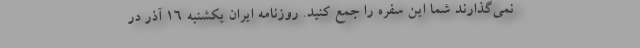
نمی‌گذارند شما این سفره را جمع کنید. روزنامه ایران یکشنبه ۱۶ آذر در